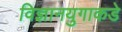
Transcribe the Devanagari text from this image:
विज्ञानयुगाकडे